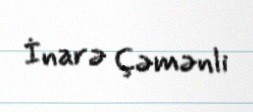
İnarə Çəmənli